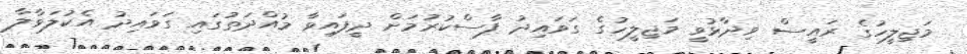
މަޖިލީހުގެ ރައީސް ވިދާޅުވީ މަޖިލީހުގެ ގަވައިދު ފާސްކުރުމަށް ދީފައިވާ މުއްދަތުގައި ގަވައިދު އެކުލަވާލާ